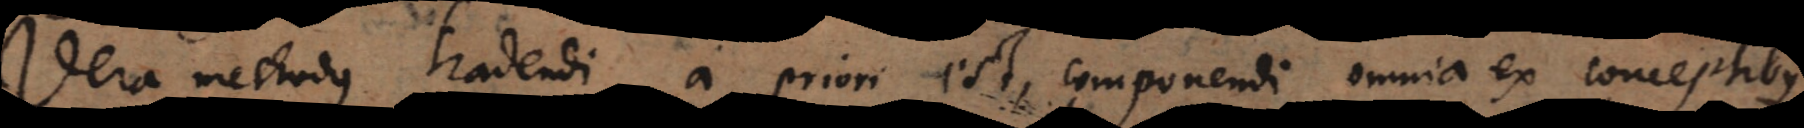
Vera methodus tradendi a priori est, componendi omnia ex conceptibus